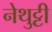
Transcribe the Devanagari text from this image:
नेथुट्टी